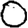
Digit: 0